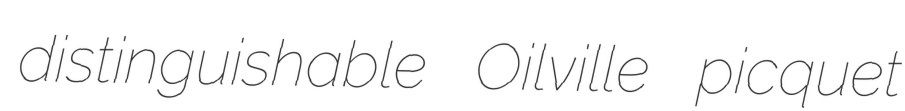
distinguishable Oilville picquet